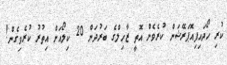
ކުރި ހޯދައިފިއޮޕަރޭޝަން ކުރެވެން އޮތީ ޒާހިލްގެ ބަރުދަން 20 ކިލޯއަށް އިތުރު ކުރެވިގެން!